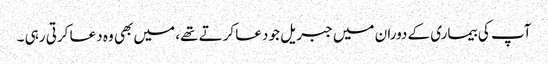
آپ کی بیماری کے دوران میں جبریل جو دعا کرتے تھے، میں بھی وہ دعا کرتی رہی ۔